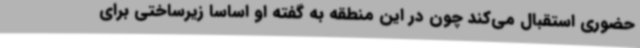
حضوری استقبال می‌کند چون در این منطقه به گفته او اساساً زیرساختی برای